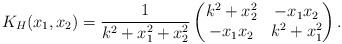
LaTeX: \begin{align*}K_H(x_1,x_2)=\frac{1}{k^2+x_1^2+x_2^2}\begin{pmatrix}k^2+x_2^2 & -x_1x_2 \\-x_1x_2 & k^2+x_1^2\end{pmatrix}.\end{align*}